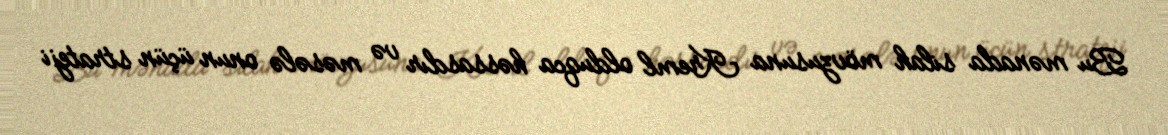
Bu mənada silah mövzusuna Kreml olduqca həssasdır və məsələ onun üçün strateji